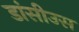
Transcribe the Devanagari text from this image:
डांसीउस